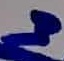
Text: 3